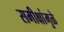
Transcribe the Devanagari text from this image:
समीक्षांमुळे